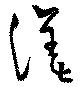
渼